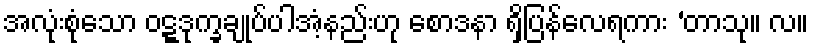
အလုံးစုံသော ဝဋ္ဋဒုက္ခချုပ်ပါအံ့နည်းဟု စောဒနာ ရှိပြန်လေရကား ‘တာသု။ လ။